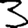
Digit: 3